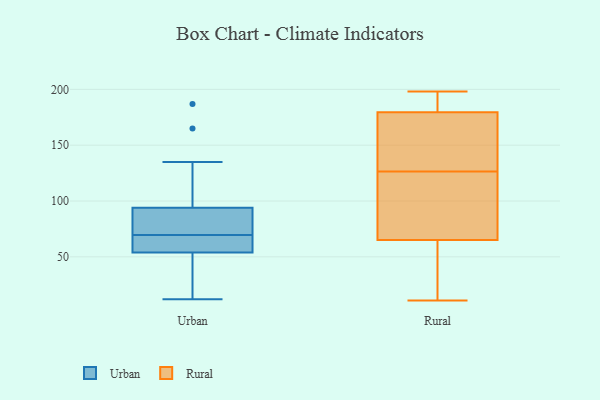
{"axis": {"x": "Net Income (USD K)", "y": "Value"}, "legend": ["Rural", "Urban"], "data": [{"x": "", "y": 133, "type": "Urban"}, {"x": "", "y": 33, "type": "Urban"}, {"x": "", "y": 187, "type": "Urban"}, {"x": "", "y": 54, "type": "Urban"}, {"x": "", "y": 55, "type": "Urban"}, {"x": "", "y": 165, "type": "Urban"}, {"x": "", "y": 135, "type": "Urban"}, {"x": "", "y": 52, "type": "Urban"}, {"x": "", "y": 80, "type": "Urban"}, {"x": "", "y": 54, "type": "Urban"}, {"x": "", "y": 74, "type": "Urban"}, {"x": "", "y": 65, "type": "Urban"}, {"x": "", "y": 77, "type": "Urban"}, {"x": "", "y": 94, "type": "Urban"}, {"x": "", "y": 55, "type": "Urban"}, {"x": "", "y": 79, "type": "Urban"}, {"x": "", "y": 36, "type": "Urban"}, {"x": "", "y": 12, "type": "Urban"}, {"x": "", "y": 66, "type": "Rural"}, {"x": "", "y": 46, "type": "Rural"}, {"x": "", "y": 102, "type": "Rural"}, {"x": "", "y": 198, "type": "Rural"}, {"x": "", "y": 15, "type": "Rural"}, {"x": "", "y": 180, "type": "Rural"}, {"x": "", "y": 179, "type": "Rural"}, {"x": "", "y": 142, "type": "Rural"}, {"x": "", "y": 64, "type": "Rural"}, {"x": "", "y": 134, "type": "Rural"}, {"x": "", "y": 85, "type": "Rural"}, {"x": "", "y": 197, "type": "Rural"}, {"x": "", "y": 119, "type": "Rural"}, {"x": "", "y": 194, "type": "Rural"}, {"x": "", "y": 11, "type": "Rural"}, {"x": "", "y": 162, "type": "Rural"}]}